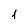
Character: 1